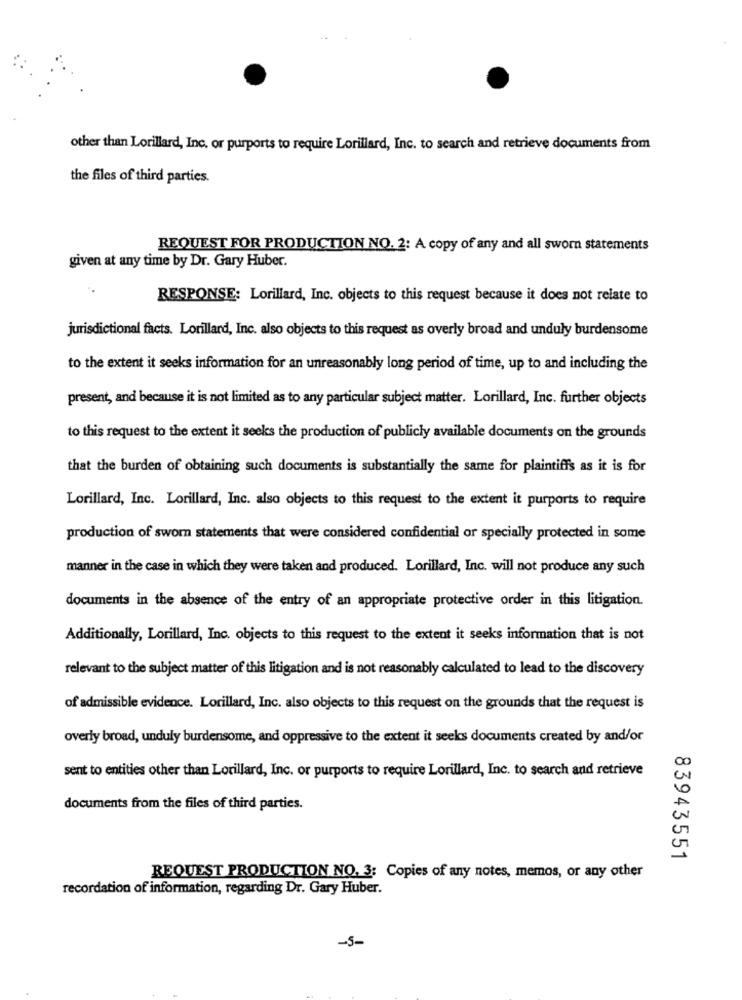
other than Lorillard, Inc. or purports to require Lorillard, Inc. to search and retrieve documents from
the files of third parties.
REQUEST FOR PRODUCTION NO. 2: A copy of any and all sworn statements
given at any time by Dr. Gary Huber.
RESPONSE: Lorillard, Inc. objects to this request because it does not relate to
jurisdictional facts. Lorillard, Inc. also objects to this request as overly broad and unduly burdensome
to the extent it seeks information for an unreasonably long period of time, up to and including the
present, and because it is not limited as to any particular subject matter. Lorillard, Inc. further objects
to this request to the extent it seeks the production of publicly available documents on the grounds
that the burden of obtaining such documents is substantially the same for plaintiffs as it is for
Lorillard, Inc. Lorillard, Inc. also objects to this request to the extent it purports to require
production of sworn statements that were considered confidential or specially protected in some
manner in the case in which they were taken and produced. Lorillard, Inc. will not produce any such
documents in the absence of the entry of an appropriate protective order in this litigation.
Additionally, Lorillard, Inc. objects to this request to the extent it seeks information that is not
relevant to the subject matter of this litigation and is not reasonably calculated to lead to the discovery
of admissible evidence. Lorillard, Inc. also objects to this request on the grounds that the request is
overly broad, unduly burdensome, and oppressive to the extent it seeks documents created by and/or
sent to entities other than Lorillard, Inc. or purports to require Lorillard, Inc. to search and retrieve
documents from the files of third parties.
83943551
REQUEST PRODUCTION NO. 3: Copies of any notes, memos, or any other
recordation of information, regarding Dr. Gary Huber.
-5-